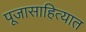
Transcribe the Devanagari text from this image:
पूजासाहित्यात